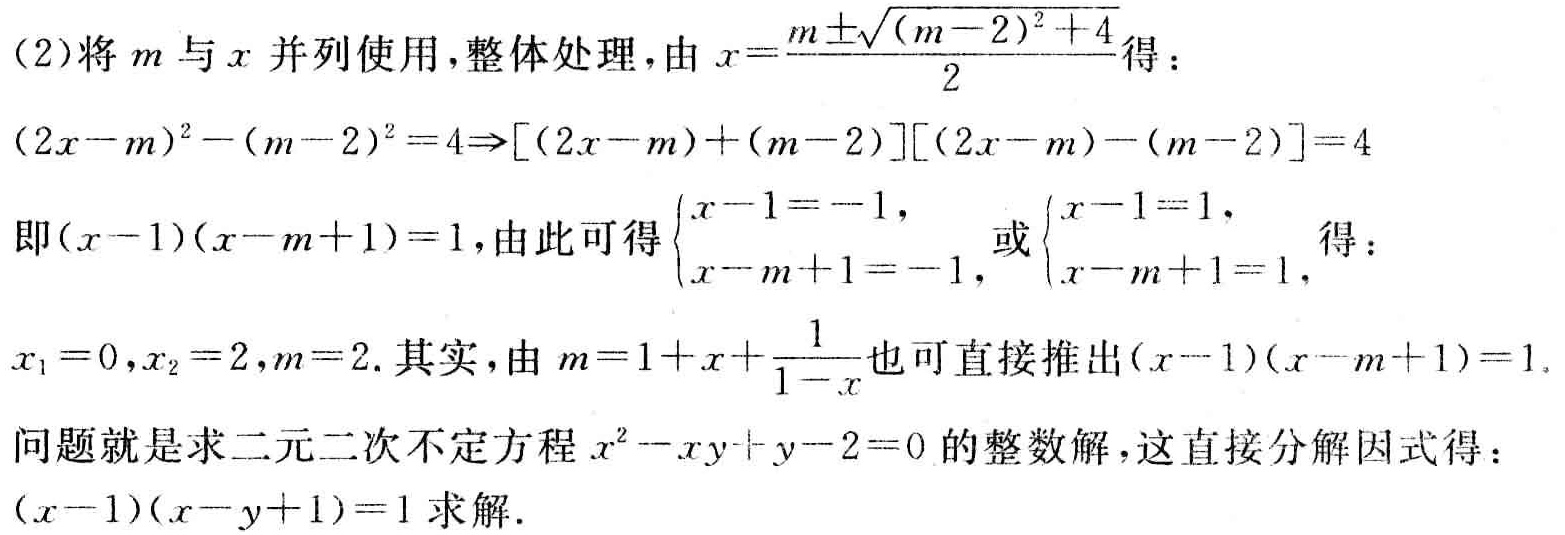
(2)将\(m\)与\(x\)并列使用,整体处理,由\(x = \frac{m\pm\sqrt{(m - 2)^2 + 4}}{2}\)得：

\((2x - m)^2-(m - 2)^2 = 4\Rightarrow[(2x - m)+(m - 2)][(2x - m)-(m - 2)] = 4\)

即\((x - 1)(x - m + 1)=1\),由此可得\(\begin{cases}x - 1=-1,\\x - m + 1=-1,\end{cases}\)或\(\begin{cases}x - 1 = 1,\\x - m + 1 = 1,\end{cases}\)得：

\(x_1 = 0,x_2 = 2,m = 2\).其实,由\(m = 1 + x+\frac{1}{1 - x}\)也可直接推出\((x - 1)(x - m + 1)=1\).

问题就是求二元二次不定方程\(x^2-xy + y - 2 = 0\)的整数解,这直接分解因式得：

\((x - 1)(x - y + 1)=1\)求解.